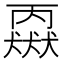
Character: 𬍈